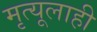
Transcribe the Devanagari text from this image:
मृत्यूलाही